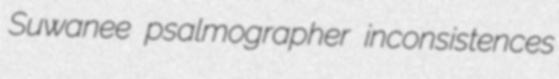
Suwanee psalmographer inconsistences